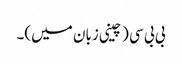
بی بی سی (چینی زبان میں)۔